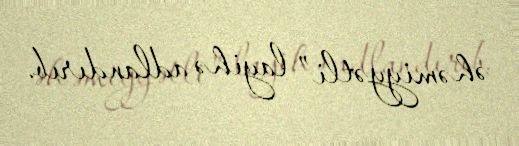
əhəmiyyətli” layihə adlandırıb.